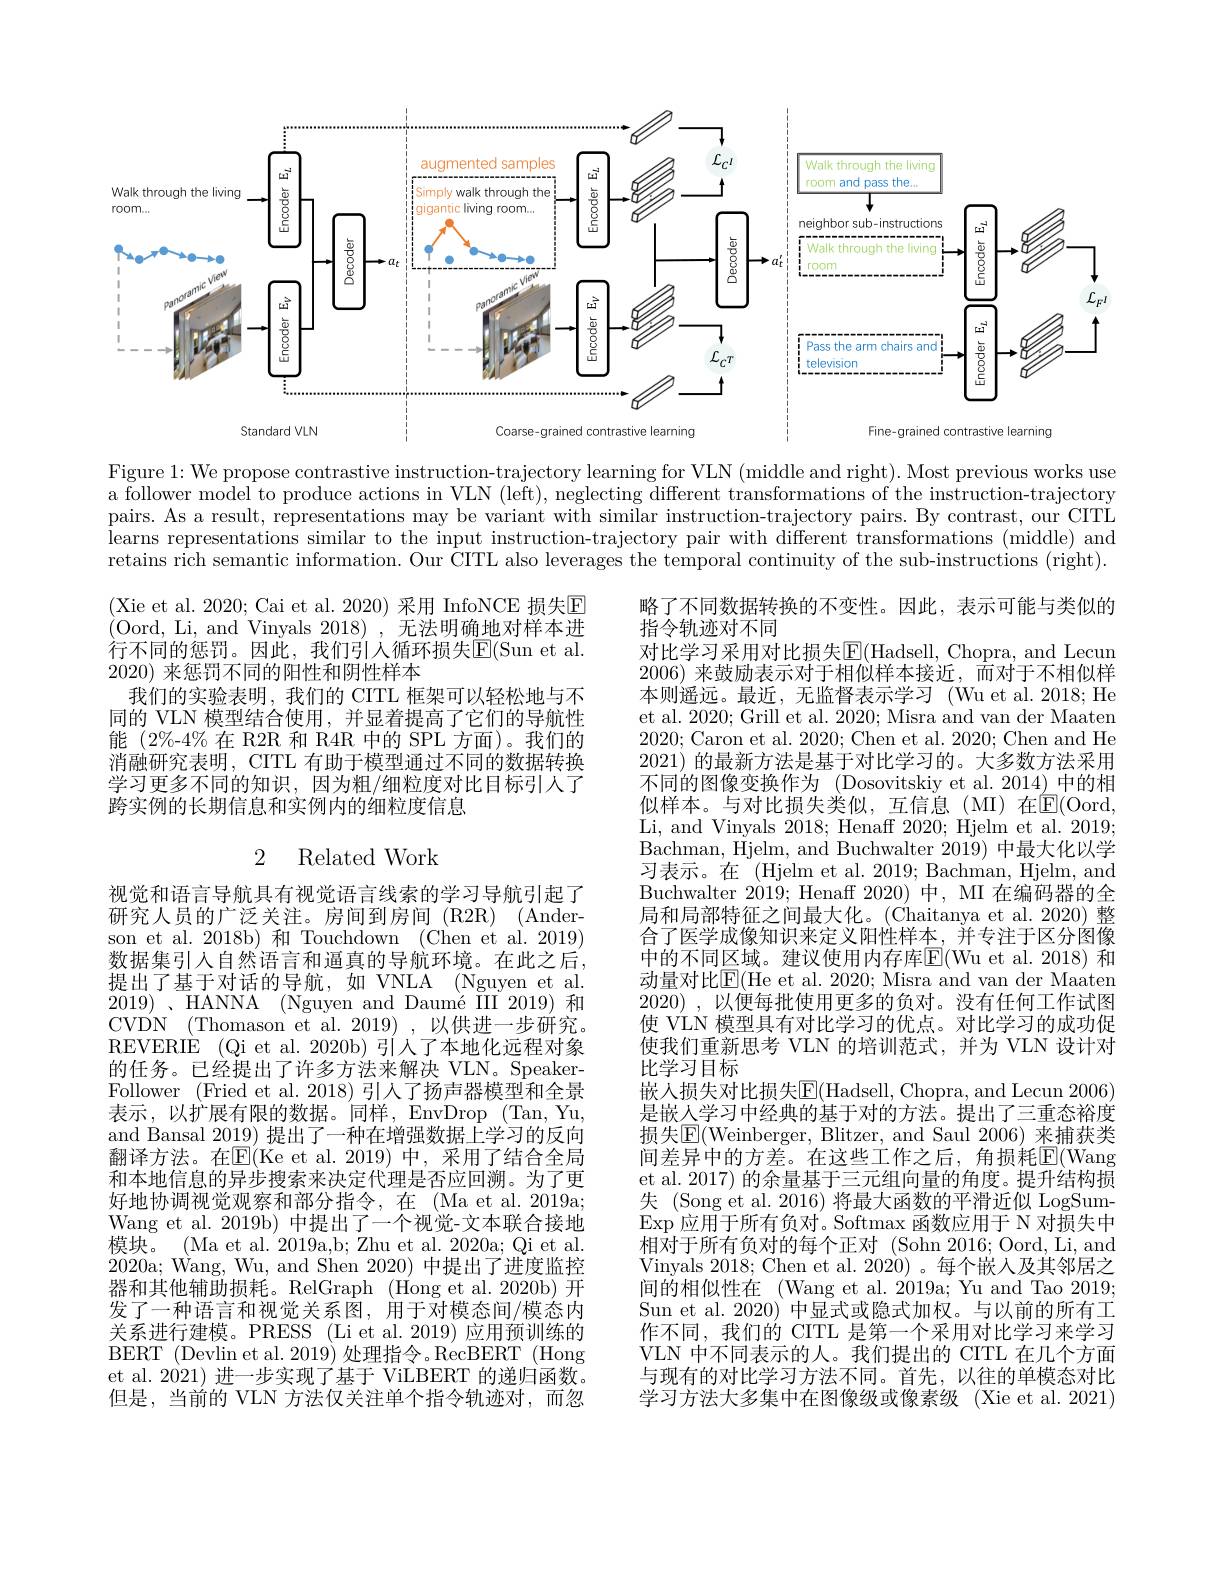
<FigureHere>

Figure 1: We propose contrastive instruction-trajectory learning for VLN (middle and right). Most previous works use a follower model to produce actions in VLN (left), neglecting different transformations of the instruction-trajectory pairs. As a result, representations may be variant with similar instruction-trajectory pairs. By contrast, our CITL $\begin{aligned}\text{learns representations similar to the input instruction-trajectory pair with different transformations (middle) and}\\\text{learns representations similar to the input instruction-trajectory pair with different transfo}\\\text{irent trans }\end{aligned}$ retains rich semantic information. Our CITL also leverages the temporal continuity of the sub-instructions (right).

(Xie et al. 2020; Cai et al. 2020) 采用 InfoNCE 损失回(Oord, Li, and Vinyals 2018) ,无法明确地对样本进行不同的惩罚。因此，我们引人循环损失$\mathbb{E}($Sun et al. 2020)来惩罚不同的阳性和阴性样本
我们的实验表明，我们的 CITL 框架可以轻松地与不同的 VLN 模型结合使用，并显着提高了它们的导航性能 (2%-4% 在 R2R 和 R4R 中的 SPL 方面)。我们的消融研究表明，CITL 有助于模型通过不同的数据转换学习更多不同的知识，因为粗/细粒度对比目标引入了跨实例的长期信息和实例内的细粒度信息

## 2 Related Work

略了不同数据转换的不变性。因此，表示可能与类似的
指令轨迹对不同
对比学习采用对比损失$\mathbb{E}($Hadsell, Chopra, and Lecun 2006)来鼓励表示对于相似样本接近，而对于不相似样本则遥远。最近，无监督表示学习 (Wu et al. 2018; He et al. 2020; Grill et al. 2020; Misra and van der Maaten 2020; Caron et al. 2020; Chen et al. 2020; Chen and He 2021) 的最新方法是基于对比学习的。大多数方法采用不同的图像变换作为 (Dosovitskiy et al. 2014) 中的相似样本。与对比损失类似，互信息(MI)在$\mathbb{E}($Oord, Li, and Vinyals 2018;Henaff 2020;Hjelm et al.2019; Bachman, Hjelm, and Buchwalter 2019) 中 最 大 化 以 学 习表示。在 (Hjelm et al. 2019; Bachman, Hjelm, and Buchwalter 2019; Henaff 2020)中，MI 在编码器的全局和局部特征之间最大化。(Chaitanya et al.2020)整合了医学成像知识来定义阳性样本，并专注于区分图像中的不同区域。建议使用内存库$\overline{\mathrm{E}}($Wu et al.2018) 和动量对比$\mathbb{E}($He et al. 2020; Misra and van der Maaten 2020) , 以便每批使用更多的负对。没有任何工作试图使 VLN 模型具有对比学习的优点。对比学习的成功促使我们重新思考 VLN 的培训范式，并为 VLN 设计对比学习目标
嵌入损失对比损失E$( Hadsell, Chopra, and Lecun 2006)$ 是嵌人学习中经典的基于对的方法。提出了三重态裕度损失$\boxed{\mathrm{E}}($Weinberger, Blitzer, and Saul 2006) 来捕获类间差异中的方差。在这些工作之后，角损耗$\overline{\mathrm{E}}($Wang et al. 2017) 的余量基于三元组向量的角度。提升结构损失 (Song et al. 2016) 将最大函数的平滑近似 LogSum- $\operatorname{Exp}$应用于所有负对。Softmax 函数应用于 N 对损失中相对于所有负对的每个正对(Sohn 2016; Oord, Li, and Vinyals 2018; Chen et al. 2020)。每个嵌人及其邻居之间的相似性在 (Wang et al. 2019a; Yu and Tao 2019; Sun et al. 2020) 中显式或隐式加权。与以前的所有工作不同，我们的 CITL 是第一个采用对比学习来学习VLN 中不同表示的人。我们提出的 CITL 在几个方面与现有的对比学习方法不同。首先，以往的单模态对比学习方法大多集中在图像级或像素级 (Xie et al. 2021)

视觉和语言导航具有视觉语言线索的学习导航引起了研究人员的广泛关注。房间到房间(R2R)(Anderson et al. 2018b) 和 Touchdown (Chen et al. 2019) 数据集引入自然语言和逼真的导航环境。在此之后， 提出了基于对话的导航，如 VNLA (Nguyen et al. 2019)、HANNA (Nguyen and Daumé III 2019)和CVDN (Thomason et al.2019) ,以供进一步研究。REVERIE (Qi et al. 2020b) 引入了本地化远程对象的任务。已经提出了许多方法来解决 VLN。SpeakerFollower (Fried et al. 2018) 引人了扬声器模型和全景表示，以扩展有限的数据。同样，EnvDrop (Tan,Yu, and Bansal 2019) 提出了一种在增强数据上学习的反向翻译方法。在$\mathbb{E}($Ke et al.2019)中，采用了结合全局和本地信息的异步搜索来决定代理是否应回溯。为了更好地协调视觉观察和部分指令，在 (Ma et al. 2019a; Wang et al. 2019b) 中提出了一个视觉-文本联合接地$\bar{\text{模 块 。}}$ (Ma et al.2019a,b; Zhu et al.2020a; Qi et al. 2020a; Wang, Wu, and Shen 2020) 中提出了进度监控器和其他辅助损耗。RelGraph (Hong et al.2020b)开发了一种语言和视觉关系图，用于对模态间/模态内关系进行建模。PRESS (Li et al.2019) 应用预训练的BERT (Devlin et al. 2019) 处理指令。RecBERT (Hong et al. 2021) 进一步实现了基于 ViLBERT 的递归函数。但是，当前的 VLN 方法仅关注单个指令轨迹对，而忽